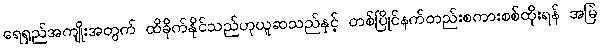
ရေရှည်အကျိုးအတွက် ထိခိုက်နိုင်သည်ဟုယူဆသည်နှင့် တစ်ပြိုင်နက်တည်းစကားစစ်ထိုးရန် အမြဲ